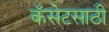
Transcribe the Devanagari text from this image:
कॅसेटसाठी